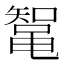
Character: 𱌄